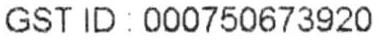
GST ID 000750673920